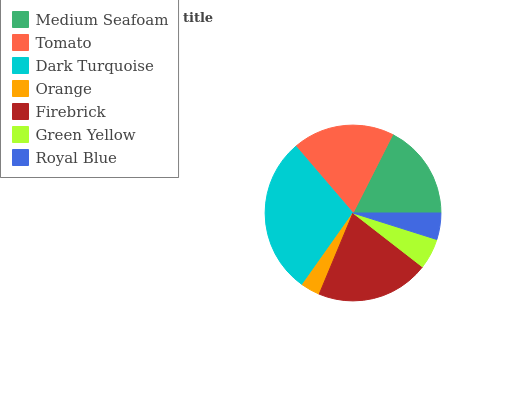
| Medium Seafoam | Tomato | Dark Turquoise | Orange | Firebrick | Green Yellow | Royal Blue |
 | --- | --- | --- | --- | --- | --- | --- |
 | 17.5% | 18.8% | 28.9% | 3.51% | 20.8% | 5.63% | 4.86% |